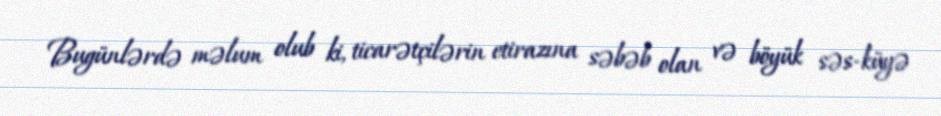
Bugünlərdə məlum olub ki, ticarətçilərin etirazına səbəb olan və böyük səs-küyə